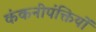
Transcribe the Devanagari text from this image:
कंकनीपंक्तियों